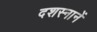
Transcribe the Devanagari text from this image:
दशस्नानें